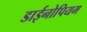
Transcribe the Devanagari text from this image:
डाईनोपियम